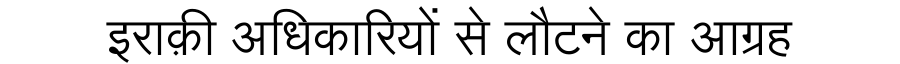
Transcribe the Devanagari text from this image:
इराक़ी अधिकारियों से लौटने का आग्रह